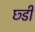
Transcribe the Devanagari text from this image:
छ्डी